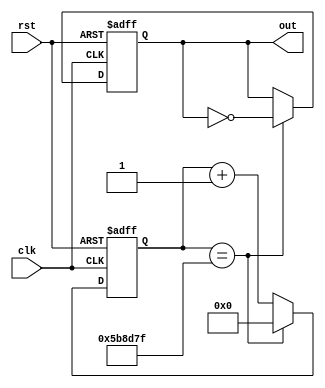
module clk_div #(
    parameter                   COUNT_WIDTH = 24,
    parameter   [COUNT_WIDTH:0] MAX_COUNT = 6000000 - 1
) (
    input clk,
    input rst,
    output reg out
);

    reg [COUNT_WIDTH:0] count;

    always @(posedge clk or posedge rst) begin
        if (rst == 1'b1) begin
            count <= 0;
            out <= 0;
        end else if (count == MAX_COUNT) begin
            count <= 0;
            out <= ~out;
        end else begin
            count <= count + 1;
        end
    end
endmodule